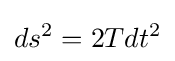
ds^{2}=2Tdt^{2}